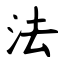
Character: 法